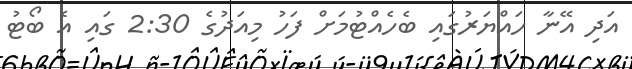
އަދި އޭނާ ހައްޔަރުގައި ބެހެއްޓުމަށް ފަހު މިއަދުގެ 2:30 ގައި އެ ބޯޓު